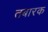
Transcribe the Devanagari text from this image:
तबारक